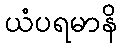
ယံပရမာနိ